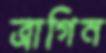
ত্রাগিন